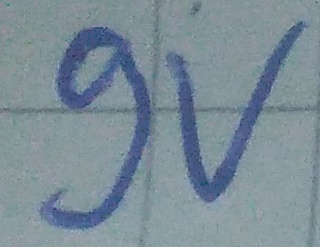
Text: 9v